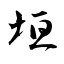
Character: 垣